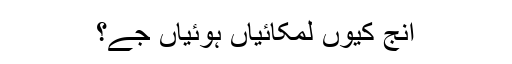
انج کیوں لمکائیاں ہوئیاں جے؟